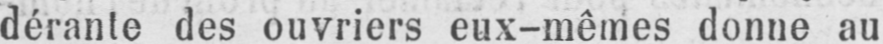
dérante des ouvriers eux-mêmes donne au